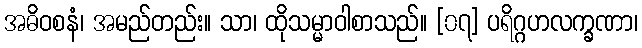
အဓိဝစနံ၊ အမည်တည်း။ သာ၊ ထိုသမ္မာဝါစာသည်။ [၀၇] ပရိဂ္ဂဟလက္ခဏာ၊